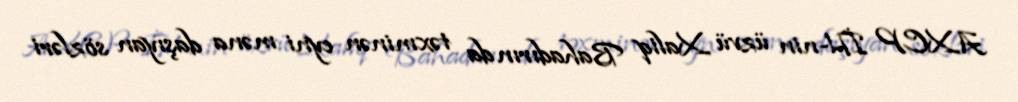
AXCP İH-nin üzvü Xaliq Bahadırın da təxminən eyni məna daşıyan sözləri